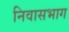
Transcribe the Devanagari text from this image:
निवासभाग